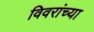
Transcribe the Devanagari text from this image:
विवरांच्या